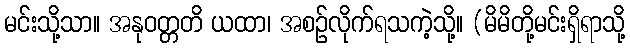
မင်းသို့သာ။ အနုဝတ္တတိ ယထာ၊ အစဉ်လိုက်ရသကဲ့သို့။ (မိမိတို့မင်းရှိရာသို့